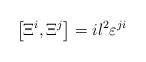
\begin{align*}\left[\Xi^i,\Xi^j\right]=il^2{\varepsilon}^{ji}\end{align*}